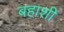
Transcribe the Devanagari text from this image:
बहाशी